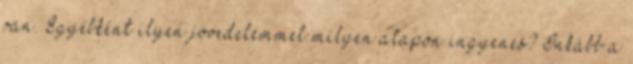
van. Egyébként ilyen jövedelemmel milyen alapon ingyenes? Inkább a